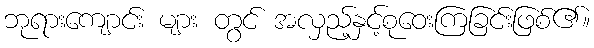
ဘုရားကျောင်း များ တွင် အလှည့်နှင့်စုဝေးကြခြင်းဖြစ်၏။